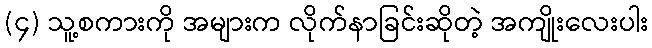
(၄) သူ့စကားကို အများက လိုက်နာခြင်းဆိုတဲ့ အကျိုးလေးပါး